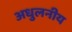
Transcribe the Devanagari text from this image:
अधुलनीय